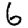
Digit: 6